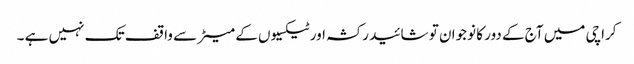
کراچی میں آج کے دور کا نوجوان تو شائید رکشہ اور ٹیکسیوں کے میٹر سے واقف تک نہیں ہے ۔